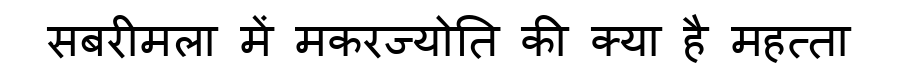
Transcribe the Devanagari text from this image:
सबरीमला में मकरज्योति की क्या है महत्ता